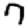
Digit: 7